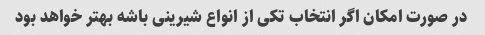
در صورت امکان اگر انتخاب تکی از انواع شیرینی باشه بهتر خواهد بود